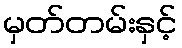
မှတ်တမ်းနှင့်